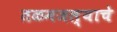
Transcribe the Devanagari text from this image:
तळमजल्याचे